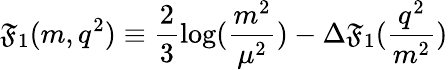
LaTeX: {\cal\mathfrak{F}}_{1}(m,q^{2})\equiv\frac{{2}}{{3}}\log(\frac{{m^{2}}}{{\mu^{2}}})-\Delta\mathfrak{F}_{1}(\frac{{q^{2}}}{{m^{2}}})